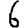
Digit: 6